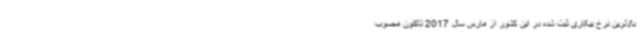
بالاترین نرخ بیکاری ثبت شده در این کشور از مارس سال 2017 تاکنون محسوب